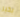
بخير